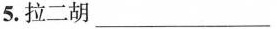
5.拉二胡___